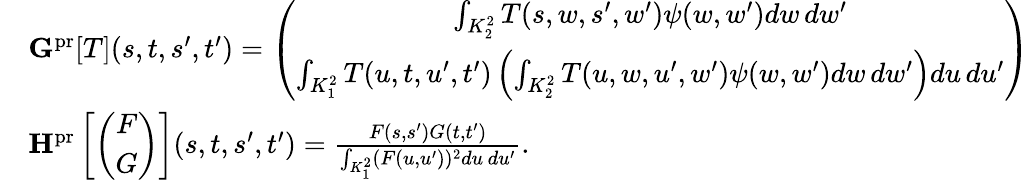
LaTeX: \begin{array}{rl}&{\mathbf{G}^{\mathrm{pr}}[T](s,t,s^{\prime},t^{\prime})=\left(\begin{array}{c}{\int_{K_{2}^{2}}T(s,w,s^{\prime},w^{\prime})\psi(w,w^{\prime})dw\, dw^{\prime}}\\ {\int_{K_{1}^{2}}T(u,t,u^{\prime},t^{\prime})\left(\int_{K_{2}^{2}}T(u,w,u^{\prime},w^{\prime})\psi(w,w^{\prime})dw\, dw^{\prime}\right)du\, du^{\prime}}\end{array}\right)}\\ &{\mathbf{H}^{\mathrm{pr}}\left[\left(\begin{array}{c}{F}\\ {G}\end{array}\right)\right](s,t,s^{\prime},t^{\prime})=\frac{F(s,s^{\prime})G(t,t^{\prime})}{\int_{K_{1}^{2}}(F(u,u^{\prime}))^{2}du\, du^{\prime}}.}\end{array}